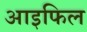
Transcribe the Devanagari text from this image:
आइफिल